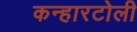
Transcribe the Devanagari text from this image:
कन्हारटोली